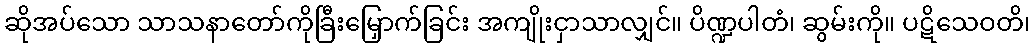
ဆိုအပ်သော သာသနာတော်ကိုခြီးမြှောက်ခြင်း အကျိုးငှာသာလျှင်။ ပိဏ္ဍပါတံ၊ ဆွမ်းကို။ ပဋိသေဝတိ၊